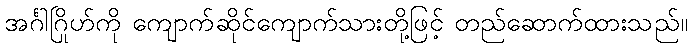
အင်္ဂါဂြိုဟ်ကို ကျောက်ဆိုင်ကျောက်သားတို့ဖြင့် တည်ဆောက်ထားသည်။